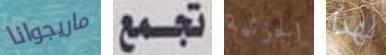
ماريجوانا تجمع الجزئية لهذا